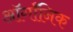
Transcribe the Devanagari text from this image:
ऑर्गॉनिक